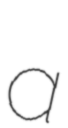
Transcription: a